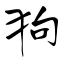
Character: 狗